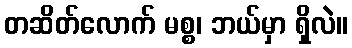
တဆိတ်လောက် မစ္စ၊ ဘယ်မှာ ရှိလဲ။